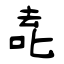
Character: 唟